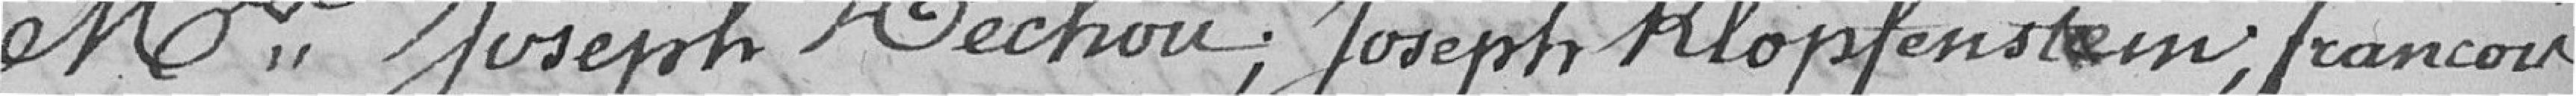
Monsieur Joseph Véchou; Joseph Klopfenstein, François